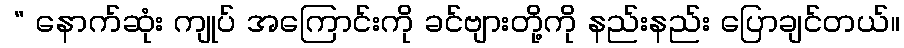
 “ နောက်ဆုံး ကျုပ် အကြောင်းကို ခင်ဗျားတို့ကို နည်းနည်း ပြောချင်တယ်။